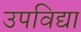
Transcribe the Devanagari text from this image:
उपविद्या